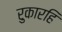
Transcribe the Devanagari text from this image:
रुकारहि